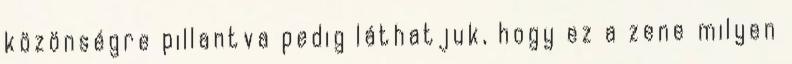
közönségre pillantva pedig láthatjuk, hogy ez a zene milyen